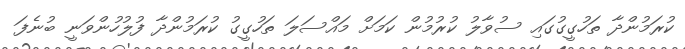
ކުރަމުންދާ ތަހުގީގުގައި ސުވާލު ކުރުމުން ކަމަށް މައްސަލަ ތަހުގީގު ކުރަމުންދާ ފުލުހުންވަނީ ބުނެފަ